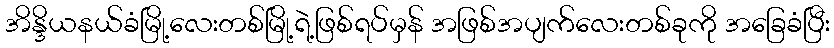
အိန္ဒိယနယ်ခံမြို့လေးတစ်မြို့ရဲ့ဖြစ်ရပ်မှန် အဖြစ်အပျက်လေးတစ်ခုကို အခြေခံပြီး